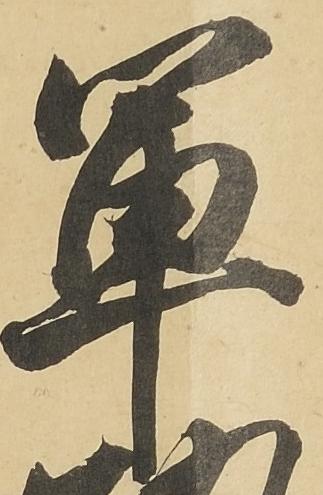
軍